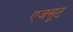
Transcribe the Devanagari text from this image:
एजसूट